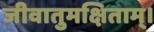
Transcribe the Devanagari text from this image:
जीवातुमक्षिताम्।